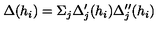
\Delta ( h _ { i } ) = \Sigma _ { j } \Delta _ { j } ^ { \prime } ( h _ { i } ) \Delta _ { j } ^ { \prime \prime } ( h _ { i } )